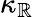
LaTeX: \kappa_{\mathbb{R}}